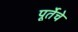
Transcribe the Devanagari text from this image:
पूर्तेचे